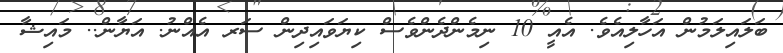
ބަލައިލަމުން އަހާލިއެވެ. އެއީ 10 ނިމެންދެންވެސް ކިޔަވައިދިން ސަރ އެއްނު. އަޔާން.. މައިޝާ